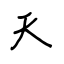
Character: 天